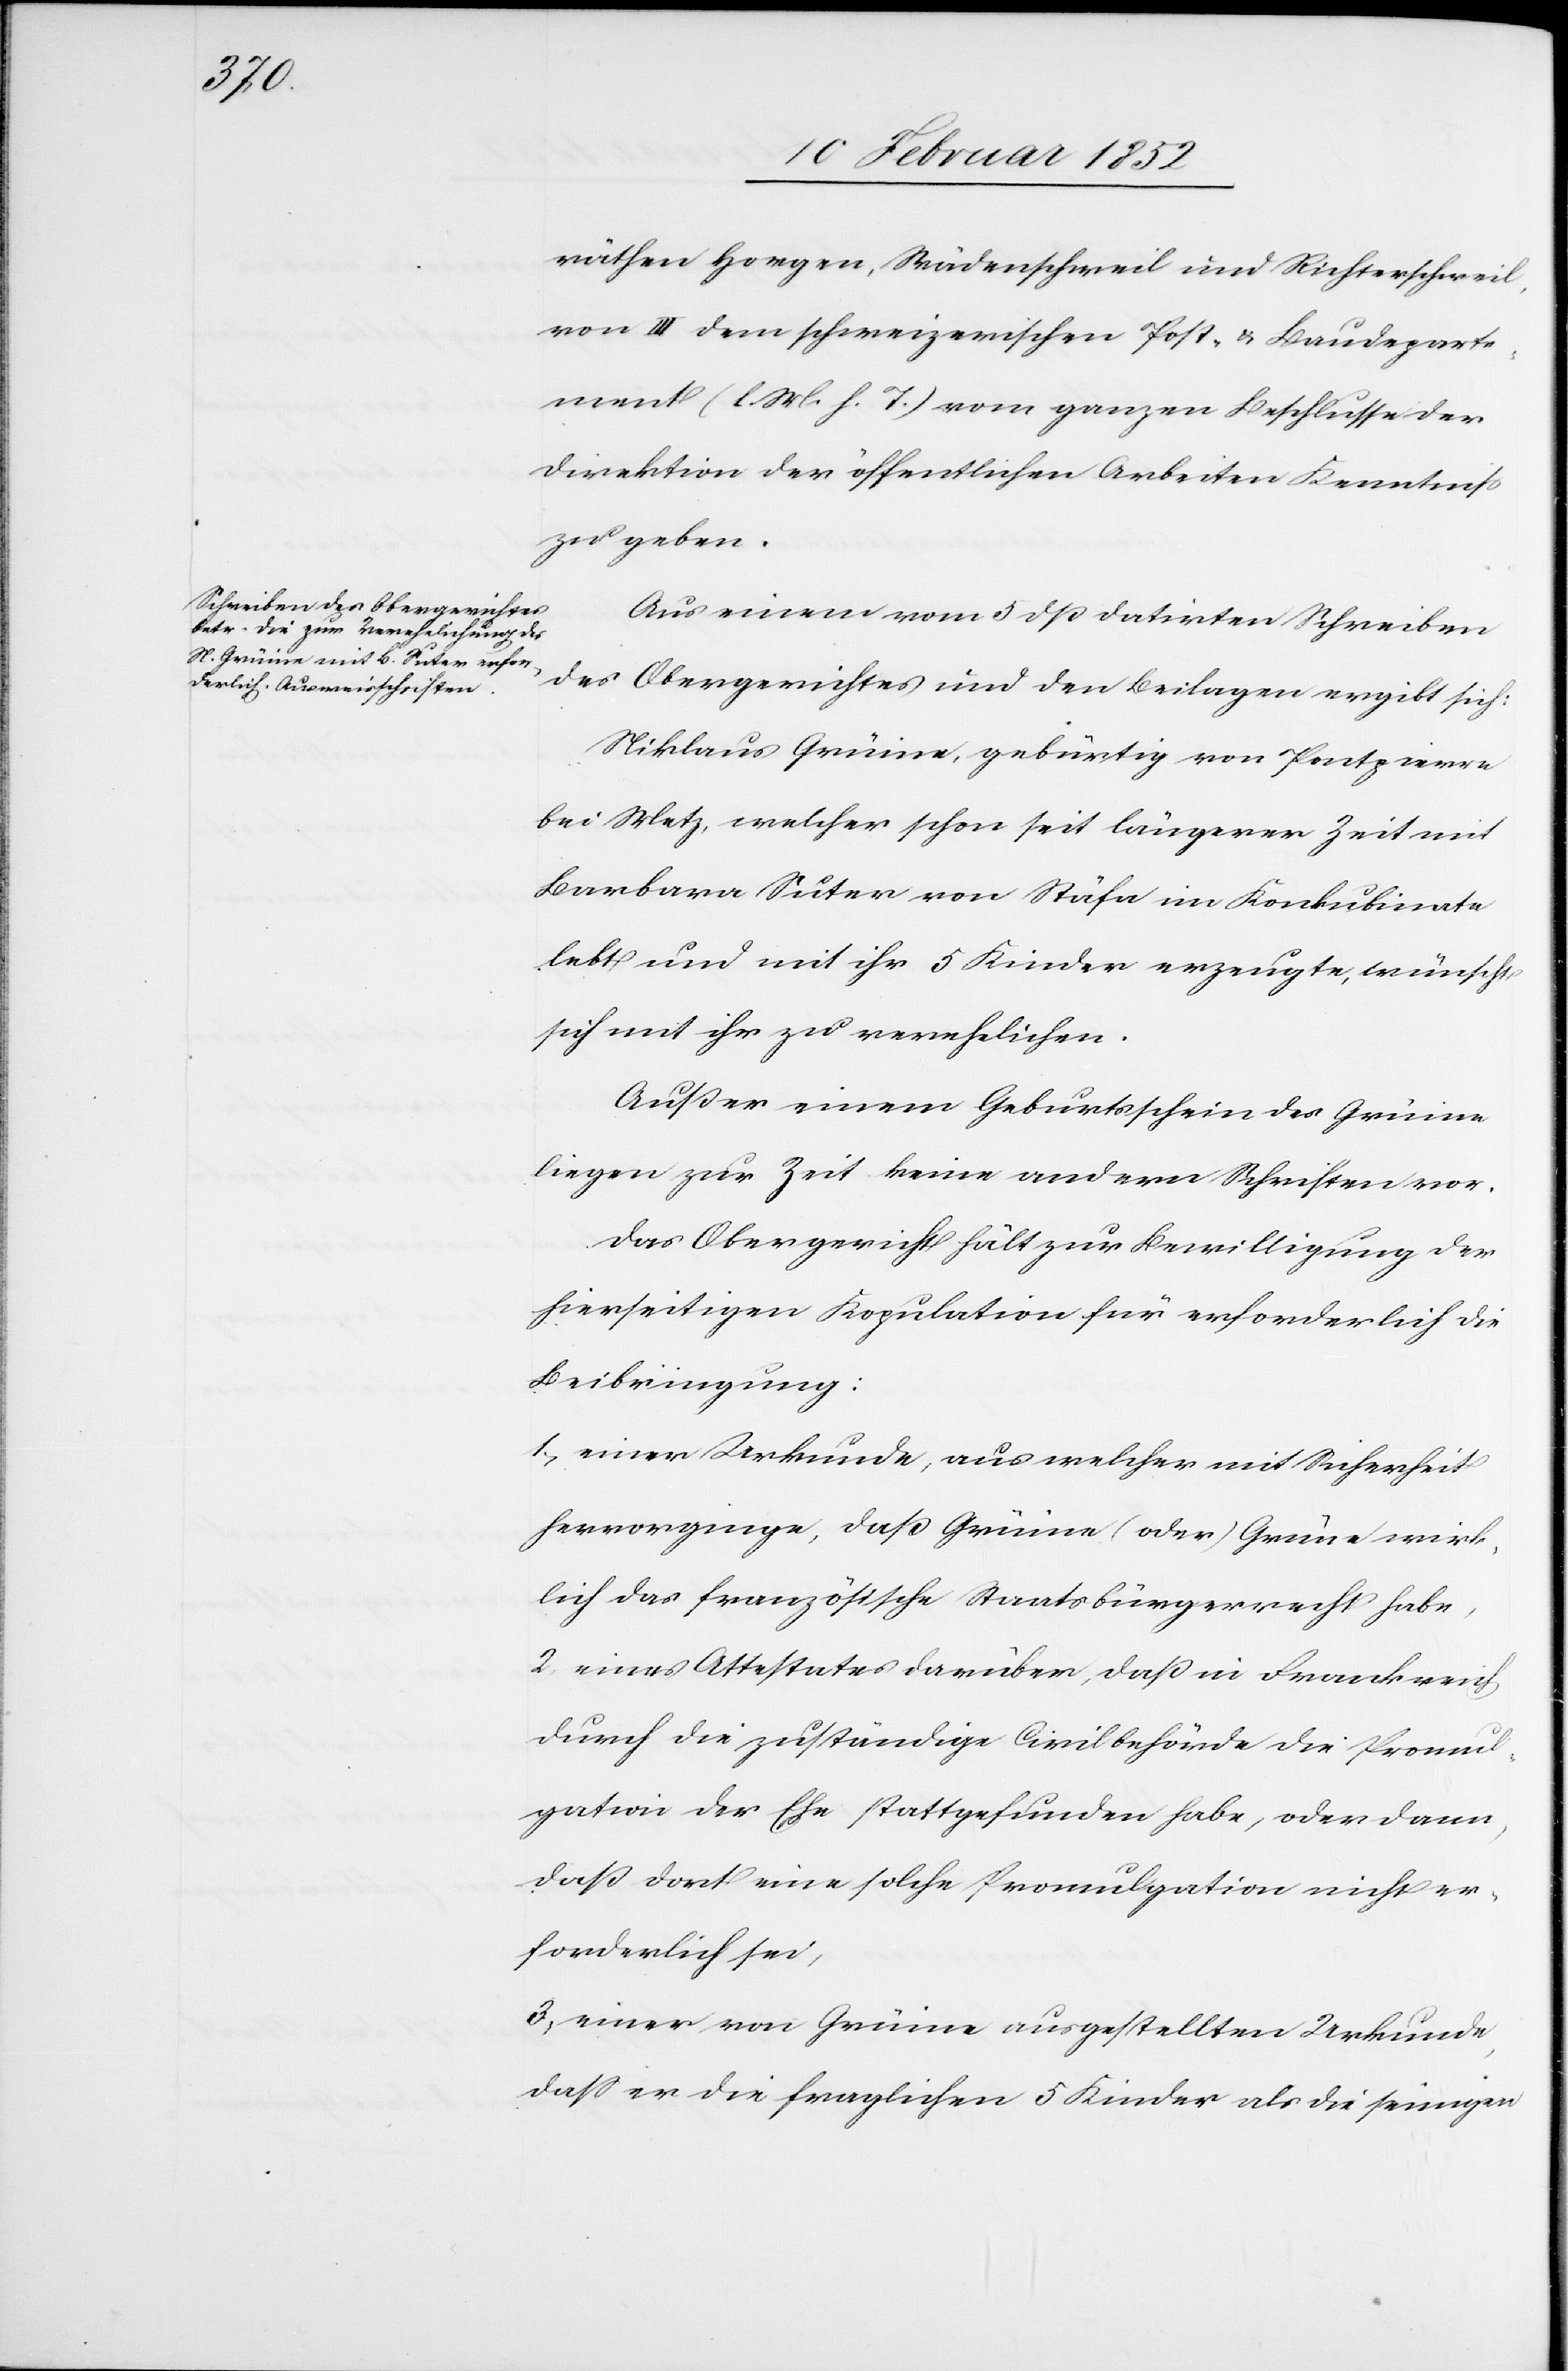
räthen Horgen, Wädentschweil und Richterschweil,
von III dem schweizerischen Post- u. Baudeparte¬
ment (l M. h. T.) vom ganzen Beschlusse der
Direktion der öffentlichen Arbeiten Kenntniß
zu geben.
Aus einem vom 5 dß datirten Schreiben
des Obergerichtes und den Beilagen ergibt sich:
Niklaus Grüine, gebürtig von Pontzierre
bei Metz, welcher schon seit längerer Zeit mit
Barbara Suter von Stäfa im Konkubinate
lebt und mit ihr 5 Kinder erzeugte, wünscht
sich mit ihr zu verehelichen.
Außer einem Geburtsschein des Grüine
liegen zur Zeit keine andern Schriften vor.
Das Obergericht hält zur Bewilligung der
hierseitigen Kopulation für erforderlich die
Beibringung:
1.) einer Urkunde, aus welcher mit Sicherheit
hervorginge, daß Grüine (oder) Grüne wirk¬
lich das französische Staatsbürgerrecht habe,
2) eines Attestates darüber, daß in Frankreich
durch die zuständige Civilbehörde die Promul¬
gation der Ehe stattgefunden habe, oder dann,
daß dort eine solche Promulgation nicht er¬
forderlich sei,
3) einer von Grüine ausgestellten Urkunde,
daß er die fraglichen 5 Kinder als die seinigen